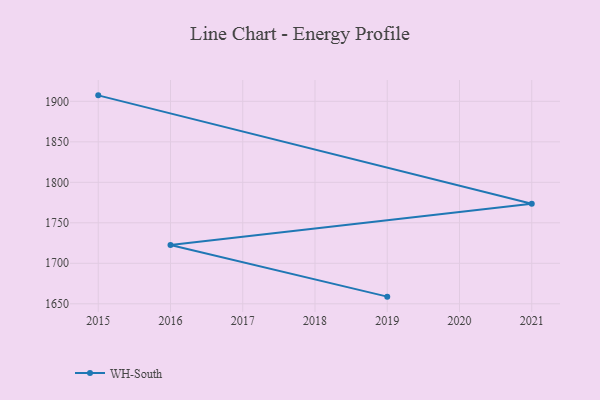
{"axis": {"x": "Year", "y": "Customer Acquisition Cost (USD)"}, "legend": ["WH-South"], "data": [{"x": "2015", "y": 1907.4, "type": "WH-South"}, {"x": "2021", "y": 1773.6, "type": "WH-South"}, {"x": "2016", "y": 1722.6, "type": "WH-South"}, {"x": "2019", "y": 1658.8, "type": "WH-South"}]}